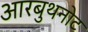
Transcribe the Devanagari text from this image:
आरबुथनोट